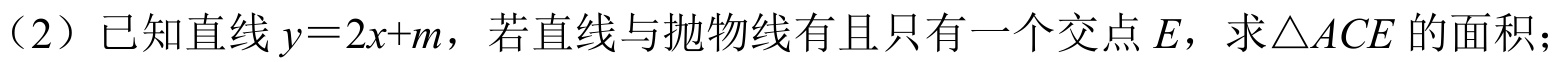
（2）已知直线$y = 2x + m$，若直线与抛物线有且只有一个交点$E$，求$\triangle ACE$的面积；